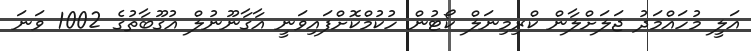
އަލީ މުހައްމަދު ޖަލަށްލާން ކްރިމިނަލް ކޯޓުން ހުކުމްކޮށްފައިވަނީ އާގާނޫނުލް އުގޫބާތުގެ 1002 ވަނަ